Report of the Indian Hemp Drugs Commission, 1894-1895 - Volume IV
Year: 1894
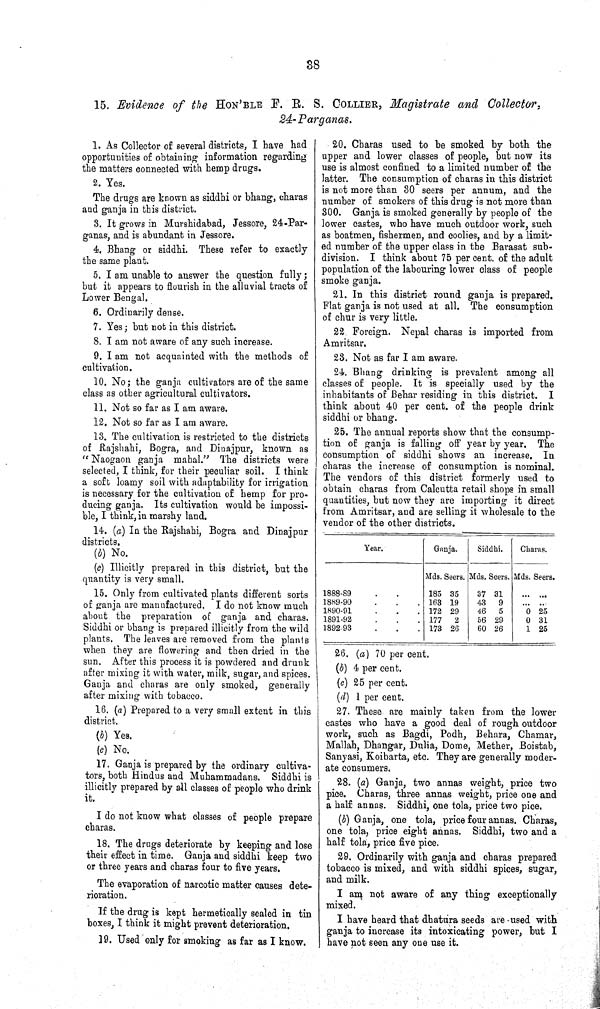
38
15. Evidence of the HON'BLE F. R. S. COLLIER, Magistrate and Collector,
24-Parganas.
1. As Collector of several districts, I have had
opportunities of obtaining information regarding
the matters connected with hemp drugs.
2. Yes.
The drugs are known as siddhi or bhang, charas
and ganja in this district.
3. It grows in Murshidabad, Jessore, 24-Par-
ganas, and is abundant in Jessore.
4. Bhang or siddhi. These refer to exactly
the same plant.
5. I am unable to answer the question fully;
but it appears to flourish in the alluvial tracts of
Lower Bengal.
6. Ordinarily dense.
7. Yes; but not in this district.
8. I am not aware of any such increase.
9. I am not acquainted with the methods of
cultivation.
10. No; the ganja cultivators are of the same
class as other agricultural cultivators.
11. Not so far as I am aware.
12. Not so far as I am aware.
13. The cultivation is restricted to the districts
of Rajshahi, Bogra, and Dinajpur, known as
"Naogaon ganja mahal." The districts were
selected, I think, for their peculiar soil. I think
a soft loamy soil with adaptability for irrigation
is necessary for the cultivation of hemp for pro-
ducing ganja. Its cultivation would be impossi-
ble, I think, in marshy land.
14. (a) In the Rajshahi, Bogra and Dinajpur
districts.
(b) No.
(c) Illicitly prepared in this district, but the
quantity is very small.
15. Only from cultivated plants different sorts
of ganja are manufactured. I do not know much
about the preparation of ganja and charas.
Siddhi or bhang is prepared illicitly from the wild
plants. The leaves are removed from the plants
when they are flowering and then dried in the
sun. After this process it is powdered and drunk
after mixing it with water, milk, sugar, and spices.
Ganja and charas are only smoked, generally
after mixing with tobacco.
16. (a) Prepared to a very small extent in this
district.
(b) Yes.
(c) No.
17. Ganja is prepared by the ordinary cultiva-
tors, both Hindus and Muhammadans. Siddhi is
illicitly prepared by all classes of people who drink
it.
I do not know what classes of people prepare
charas.
18. The drugs deteriorate by keeping and lose
their effect in time. Ganja and siddhi keep two
or three years and charas four to five years.
The evaporation of narcotic matter causes dete-
rioration.
If the drug is kept hermetically sealed in tin
boxes, I think it might prevent deterioration.
19. Used only for smoking as far as I know.
20. Charas used to be smoked by both the
upper and lower classes of people, but now its
use is almost confined to a limited number of the
latter. The consumption of charas in this district
is not more than 30 seers per annum, and the
number of smokers of this drug is not more than
300. Ganja is smoked generally by people of the
lower castes, who have much outdoor work, such
as boatmen, fishermen, and coolies, and by a limit-
ed number of the upper class in the Barasat sub-
division. I think about 75 per cent. of the adult
population of the labouring lower class of people
smoke ganja.
21. In this district round ganja is prepared.
Flat ganja is not used at all. The consumption
of chur is very little.
22. Foreign. Nepal charas is imported from
Amritsar.
23. Not as far I am aware.
24. Bhang drinking is prevalent among all
classes of people. It is specially used by the
inhabitants of Behar residing in this district. I
think about 40 per cent. of the people drink
siddhi or bhang.
25. The annual reports show that the consump-
tion of ganja is falling off year by year. The
consumption of siddhi shows an increase. In
charas the increase of consumption is nominal.
The vendors of this district formerly used to
obtain charas from Calcutta retail shops in small
quantities, but now they are importing it direct
from Amritsar, and are selling it wholesale to the
vendor of the other districts.
Year.
Ganja.
Siddhi.
Charas.
Mds. Seers. Mds. Seers. Mds. Seers.
1888-89
185 35
37 31
1889-90
163 19
43
9
1890-91
172 29
46
5
0 25
1891-92
177
2
56 29
0 31
1892-93
173 26
60 26
1 25
26. (a) 70 per cent.
(b) 4 per cent.
(c) 25 per cent.
(d) 1 per cent.
27. These are mainly taken from the lower
castes who have a good deal of rough outdoor
work, such as Bagdi, Podh, Behara, Chamar,
Mallah, Dhangar, Dulia, Dome, Mether, Boistab,
Sanyasi, Koibarta, etc. They are generally moder-
ate consumers.
28. (a) Ganja, two annas weight, price two
pice. Charas, three annas weight, price one and
a half annas. Siddhi, one tola, price two pice.
(b) Ganja, one tola, price four annas. Charas,
one tola, price eight annas. Siddhi, two and a
half tola, price five pice.
29. Ordinarily with ganja and charas prepared
tobacco is mixed, and with siddhi spices, sugar,
and milk.
I am not aware of any thing exceptionally
mixed.
I have heard that dhatura seeds are used with
ganja to increase its intoxicating power, but I
have not seen any one use it.